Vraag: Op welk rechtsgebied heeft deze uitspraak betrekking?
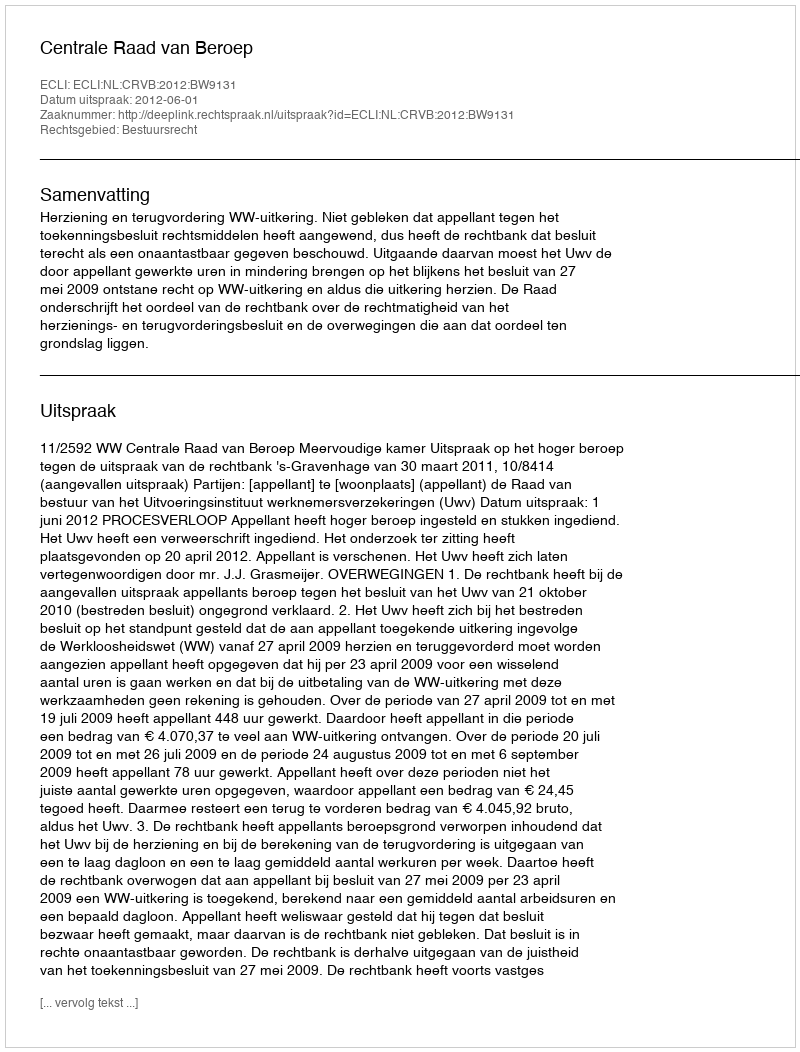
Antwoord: Bestuursrecht